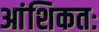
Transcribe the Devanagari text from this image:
आंशिकतः